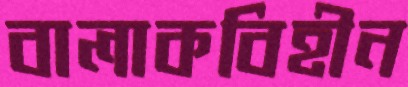
বালাকবিহীন